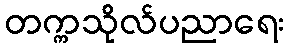
တက္ကသိုလ်ပညာရေး